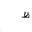
Letter: _za